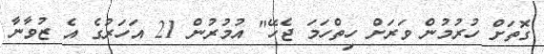
ގޮތަށް ހުރުމުން ވަރަށް ހިތްހަމަ ޖެހޭ" އުމުރުން 21 އަހަރުގެ އެ ޒުވާނާ